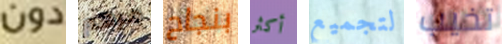
دون مرهم بنجاح أكثر لتجميع تخيب